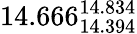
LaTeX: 14.666_{14.394}^{14.834}